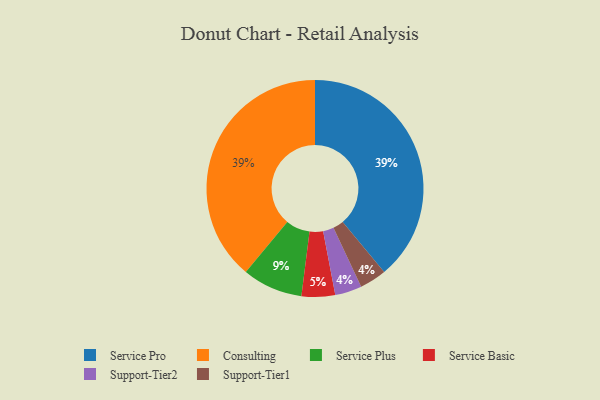
{"axis": {"x": "Category", "y": "Percentage"}, "legend": ["Consulting", "Service Basic", "Service Plus", "Service Pro", "Support-Tier1", "Support-Tier2"], "data": [{"x": "Support-Tier2", "y": 4, "type": "Support-Tier2"}, {"x": "Support-Tier1", "y": 4, "type": "Support-Tier1"}, {"x": "Service Plus", "y": 9, "type": "Service Plus"}, {"x": "Service Pro", "y": 39, "type": "Service Pro"}, {"x": "Service Basic", "y": 5, "type": "Service Basic"}, {"x": "Consulting", "y": 39, "type": "Consulting"}]}